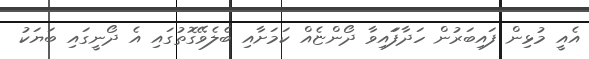
އެއީ މުޅިން ފައިބަރުން ހަދާފަައިވާ ދޯންޏެއް ކަމަށާއި ބެލެވޭގޮތުގައި އެ ދޯނީގައި ބަޔަކު